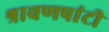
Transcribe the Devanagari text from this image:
श्रावणपांटी